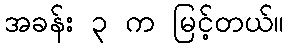
အခန်း ၃ က မြင့်တယ်။